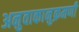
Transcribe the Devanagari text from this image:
अनुवाकानुक्रमणी